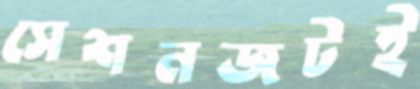
সেশনজটই